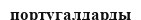
португалдарды